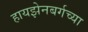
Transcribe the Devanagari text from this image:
हायझेनबर्गच्या